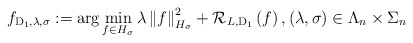
\begin{align*}f_{\mathrm{D}_1, \lambda, \sigma} := \arg\min_{f \in H_\sigma} \lambda \left\| f \right\|^2_{H_\sigma} + \mathcal{R}_{L, \mathrm{D}_1} \left(f\right), \left( \lambda, \sigma \right) \in \Lambda_n \times \Sigma_n \end{align*}